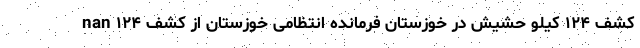
nan کشف ۱۲۴ کیلو حشیش در خوزستان فرمانده انتظامی خوزستان از کشف ۱۲۴